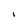
Character: I